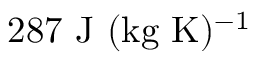
2 8 7 ~ \mathrm { J ~ ( k g ~ K ) ^ { - 1 } }